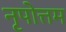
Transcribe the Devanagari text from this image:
नृपोत्तम